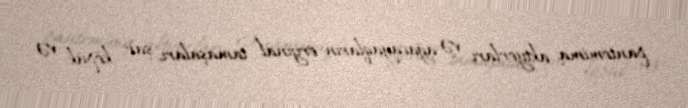
pantomima aktyorları və ağacayaqların orijinal tamaşaları, şar, köpük və